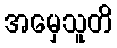
အမှေသူတိ